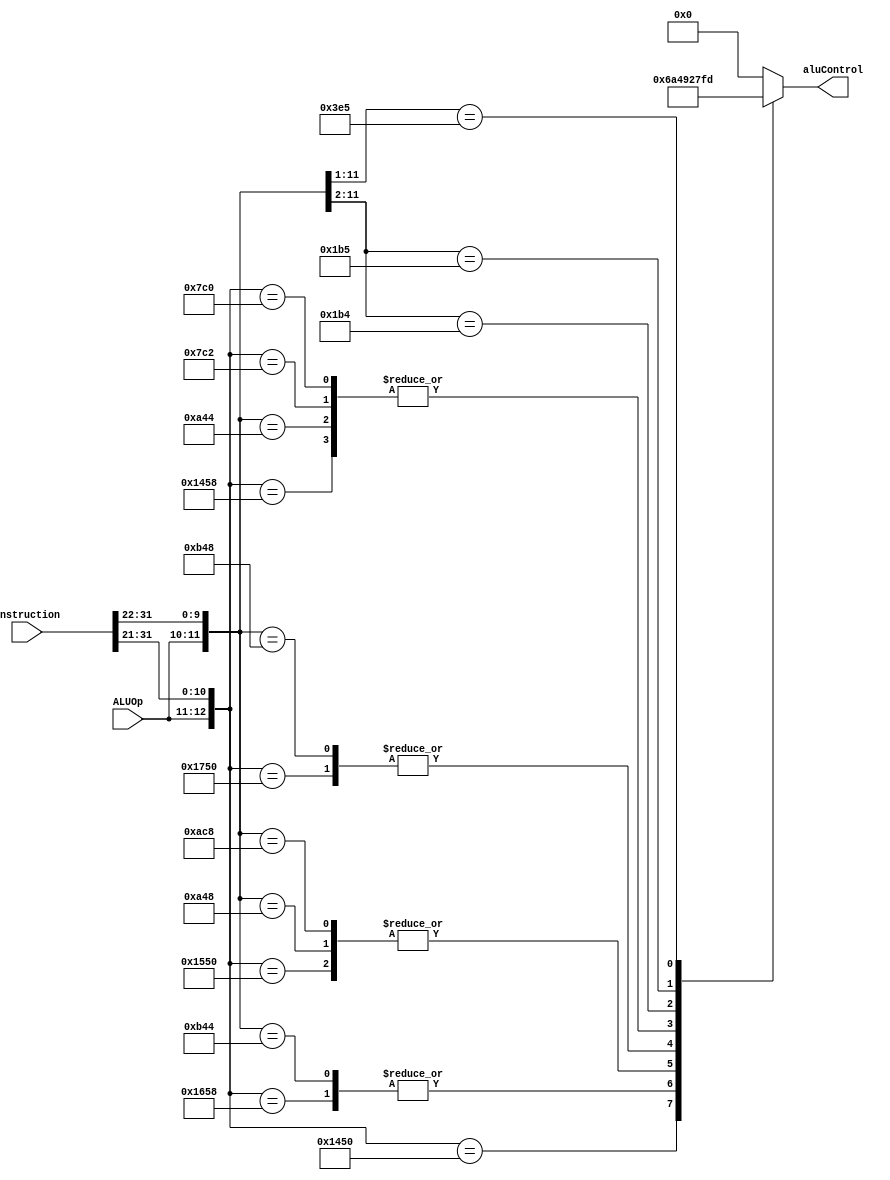
module ALUControl_m(
    output reg [3:0] aluControl,
    input[31:0] instruction, input[1:0]ALUOp);
    
    always@* begin
        casex({ALUOp, instruction[31:21]})
        //R-type
        13'b1010001011000: aluControl <= 4'b0010;//ADD instruction ADD aluControl
        13'b1011001011000: aluControl <= 4'b1010;//SUB instruction SUB aluControl
        13'b1010001010000: aluControl <= 4'b0110;//AND instruction AND aluControl
        13'b1010101010000: aluControl <= 4'b0100;//ORR instruction ORR aluControl
        13'b1011101010000: aluControl <= 4'b1001;//EOR instruction EOR aluControl

        //I-type
        13'b101001000100x: aluControl <= 4'b0010;//ADDI instruction ADD aluControl
        13'b101101000100x: aluControl <= 4'b1010;//SUBI instruction SUB aluControl
        13'b101001001000x: aluControl <= 4'b0100;//ANDI instruction AND aluControl
        13'b101011001000x: aluControl <= 4'b0100;//ORRI instruction ORR aluControl
        13'b101101001000x: aluControl <= 4'b1001;//EORI instruction EOR aluControl

        //D-type
        13'b0011111000010: aluControl <= 4'b0010;//LDR instruction ADD aluControl
        13'b0011111000000: aluControl <= 4'b0010;//STR instruction ADD aluControl

        //CB-type
        13'b0110110100xxx: aluControl <= 4'b0111;//CBZ instruction CBZ aluControl
        13'b0110110101xxx: aluControl <= 4'b1111;//CBNZ instruction CBNZ aluControl

        //M-Type
        13'b01111100101xx: aluControl <= 4'b1101;//MOVE instruction MOVE aluControl
        default: aluControl <= 4'b0000; //Unknown ALUOp and instruction combination
        endcase
    end
endmodule